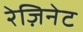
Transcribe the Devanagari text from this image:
रेज़िनेट